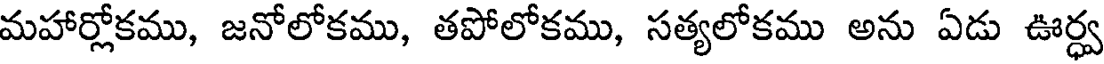
మహార్లోకము, జనోలోకము, తపోలోకము, సత్యలోకము అను ఏడు ఊర్ధ్వ